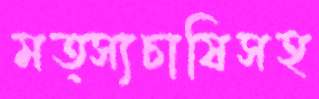
মত্স্যচাষিসহ